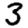
Digit: 3